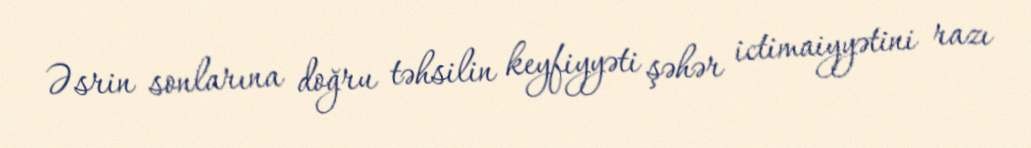
Əsrin sonlarına doğru təhsilin keyfiyyəti şəhər ictimaiyyətini razı